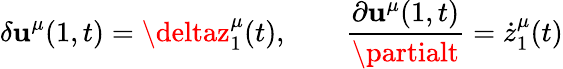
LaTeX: \delta\mathbf{u}^{\mu}(1,t)=\deltaz_{1}^{\mu}(t),\qquad\frac{{\partial\mathbf{u}^{\mu}(1,t)}}{{\partialt}}=\dot{{z}}_{1}^{\mu}(t)